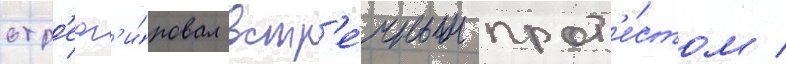
отр'еаг'и́ровал встр'е́чным прот'е́стом /